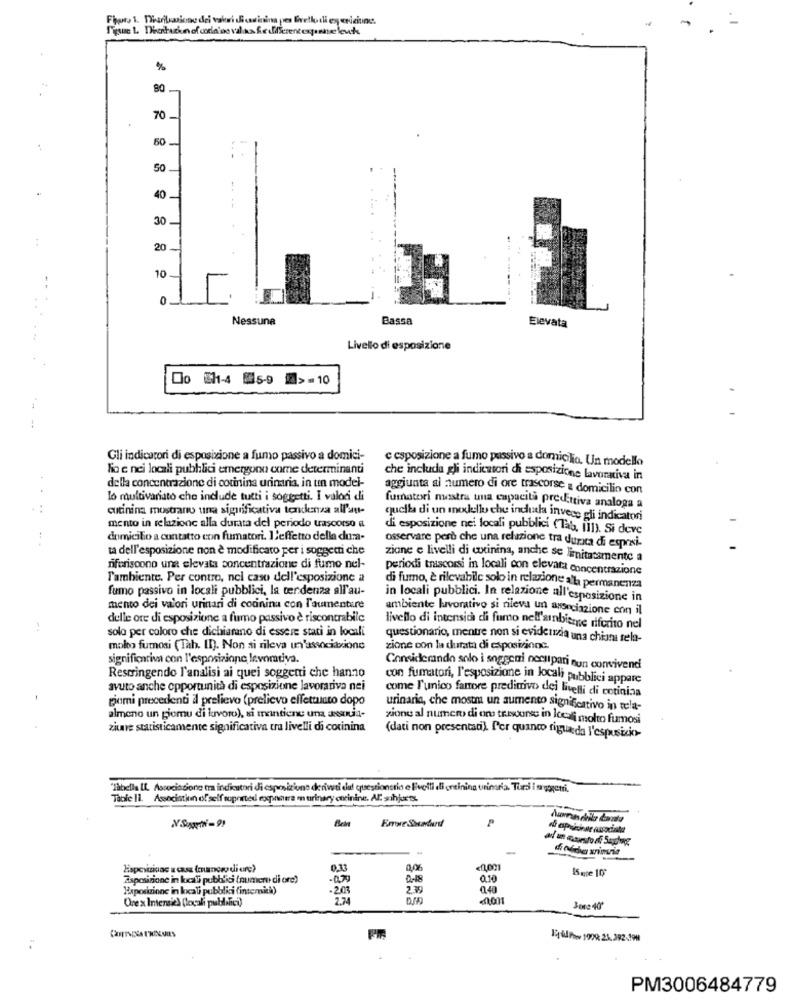
Flor, 1. Disibasico dei valori di cucina po livello di esenzione.
%
80
70
50
So
40
30
20
10
0
Nessuna
Bassa
Elevata
Livello di esposizione
Do 11-4 5-9 >=10
---
Gli indicatori di esposizione a fumo passivo a domici-
c esposizione a fumo passivo a domicilio. Un modello
lio e nei locali pubblici emergono come determinanti
della concentrazione di cotinina urinaria, in un model-
che includa gli indicatori di esposizione lavorativa in
aggiunta al numero di ore trascorse a domicilio con
lo multivariato che include tutti i soggetti. I valodi di
cutinina mostrano una significativa tendenza all'aut-
fumatori mostra una capacità predittiva analoga a
quella di un modello che indula invece gli indicatori
mento in relazione alla durata del periodo trascorso a
di esposizione nei locali pubblici (Tab, 111). Si deve
domicilio a contatto con fumatori. l'effetto della dum-
ta dell'esposizione non è modificato per i soggetti che
osservare però che una relazione tra durata di espri-
zione e livelli di ctinina, anche se limitatamente a
riferiscono una elevata concentrazione di fumo nel-
periodi trascorsi in locali con elevata concentrazione
Tambiente. Per contro, nel caso dell'esposizione a
fumo passivo in locali pubblici, la tendenza all'au-
di fumo, è rilevabile solo in relazione alla permanenza
in locali pubblici. In relazione all'esposizione in
mento dei valori urinari di codinina con l'aumentare
ambiente lavorativo si rileva un associazione con il
delle ore di esposizione a fumo passivo è riscontrabile
solo per coloro che dichiarano di essere stati in locali
livello di intensità di fumo nell'ambiente riferito nel
questionario, mentre non si evidenzia una chimi rela-
molto fumosi (Tah. II). Non si rileva un'associazione
zione con la durata di esposizione.
significativa con l'esposizione levomtiva.
Considerando solo i soggeti noclipari nun convivend
Restringendo l'analisi ai quei soggetti che hanno
con fumatori, l'esposizione in locali pubblici appare
avuto anche opportunità di esposizione lavorativa nei
come l'unico fartore predimivo dei livelli di cotinina
giomi precedenti il prelievo (prelievo effettuato dopo
urinaria, che mostm un aumento significativo in tela-
almeno un giomu di lavoro), si mantiene una wemuid-
zione al numero di one tresconse in locali molto fumosi
zitave statisticamente significativa tra livelli di cotinina
(dati non presentati). f'er quanto riguarda l'espussicio-
"Tabella LL Associazione tra indicatori di esposizione deriwti dut questionsrio e livelli di ereinina urinaria. Turs i syreni.
Table 11. Association of self soported eogpinnera m tirinary oneinine. Al shjorts.
P
0.13
0,06
15 me 10
Esposizione in les ti pubblici (numer di ore)
0.10
Haposizione in kcali pubblici (intemich))
-2.03
2.39
One x Intensity (locali publici)
2.7
PM3006484779